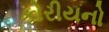
કોરીયનો